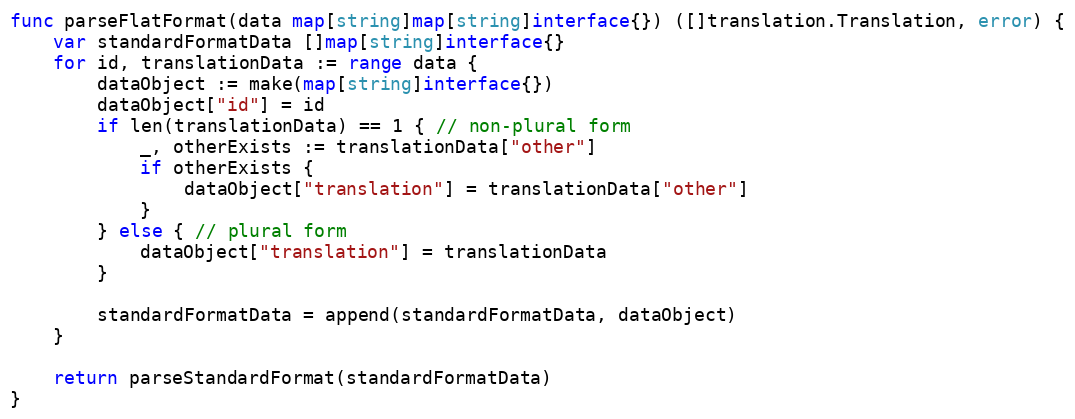
Language: Go
func parseFlatFormat(data map[string]map[string]interface{}) ([]translation.Translation, error) {
	var standardFormatData []map[string]interface{}
	for id, translationData := range data {
		dataObject := make(map[string]interface{})
		dataObject["id"] = id
		if len(translationData) == 1 { // non-plural form
			_, otherExists := translationData["other"]
			if otherExists {
				dataObject["translation"] = translationData["other"]
			}
		} else { // plural form
			dataObject["translation"] = translationData
		}

		standardFormatData = append(standardFormatData, dataObject)
	}

	return parseStandardFormat(standardFormatData)
}